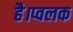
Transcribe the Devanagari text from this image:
है।प्वलक